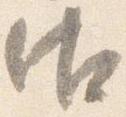
御